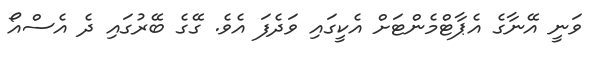
ވަނީ އޭނާގެ އެޕާޓްމެންޓަށް އެކީގައި ވަދެފަ އެވެ. ގޭގެ ބޭރުގައި ދެ އެސްއޯ